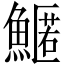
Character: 𩺱